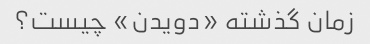
زمان گذشته «دویدن» چیست؟